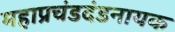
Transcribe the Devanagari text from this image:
महाप्रचंडदंडनायक